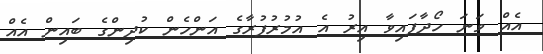
އެއް ވަނަ ހޯދާފައިވާ އިރު އެ އުމުރުފުރާގެ އަންހެން ކުދިންގެ ބައިން އެއް